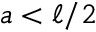
a < \ell / 2